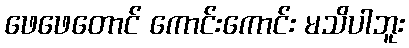
ဖေဖေတောင် ကောင်းကောင်း မသိပါဘူး